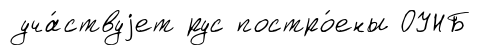
уча́ствуjет рус постро́ены ОУНБ